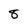
Character: 8